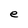
Character: e